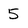
Character: 5